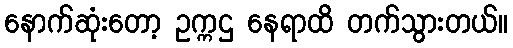
နောက်ဆုံးတော့ ဥက္ကဌ နေရာထိ တက်သွားတယ်။